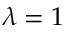
\lambda = 1